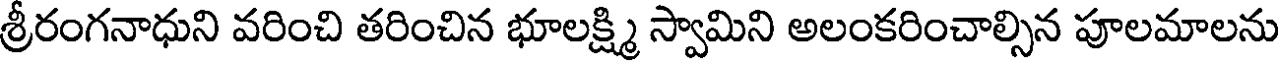
శ్రీరంగనాధుని వరించి తరించిన భూలక్ష్మి స్వామిని అలంకరించాల్సిన పూలమాలను